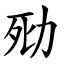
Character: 㱝